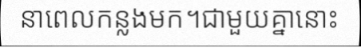
នាពេលកន្លងមក។ជាមួយគ្នានោះ